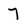
Character: 7